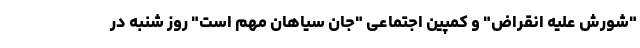
"شورش علیه انقراض" و کمپین اجتماعی "جان سیاهان مهم است" روز شنبه در